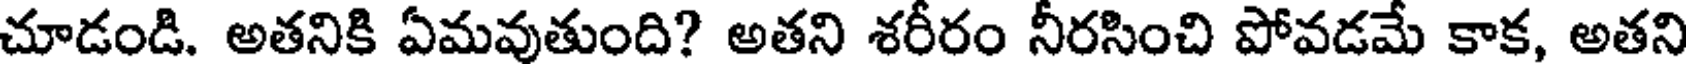
చూడండి. అతనికి ఏమవుతుంది? అతని శరీరం నీరసించి పోవడమే కాక, అతని